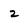
Character: z